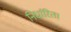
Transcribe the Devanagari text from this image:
निर्धारित।